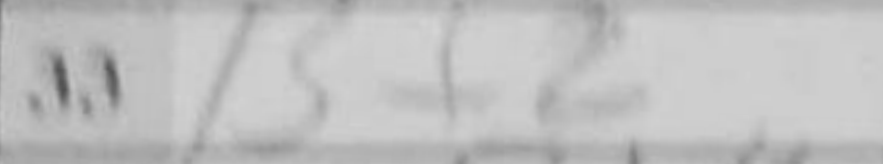
Transcription: Bf2